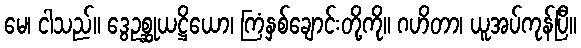
မေ၊ ငါသည်။ ဒွေဥစ္ဆုယဋ္ဌိယော၊ ကြံနှစ်ချောင်းတို့ကို။ ဂဟိတာ၊ ယူအပ်ကုန်ပြီ။